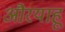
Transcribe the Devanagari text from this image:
औरयाहू